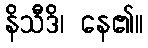
နိသီဒိ၊ နေ၏။